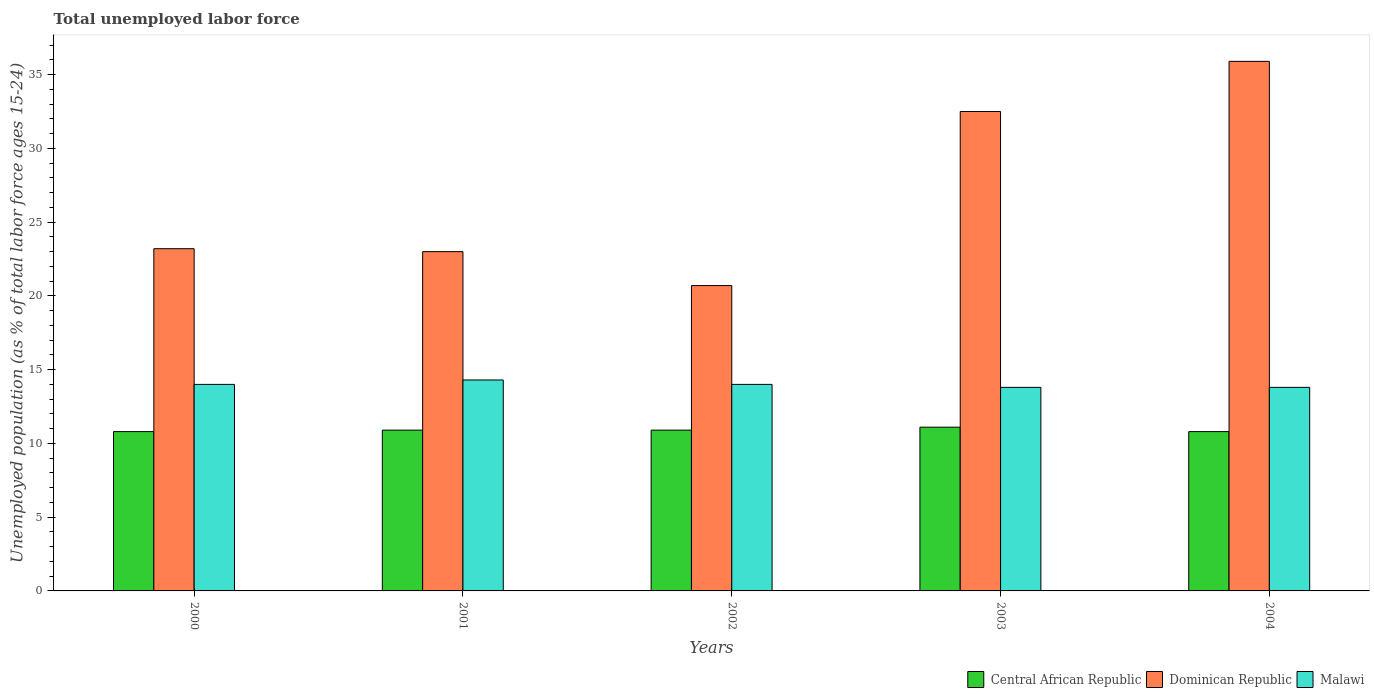
| Years | Central African Republic | Dominican Republic | Malawi |
 | --- | --- | --- | --- |
 | 2000 | 10.8 | 23.2 | 14 |
 | 2001 | 10.9 | 23 | 14.3 |
 | 2002 | 10.9 | 20.7 | 14 |
 | 2003 | 11.1 | 32.5 | 13.8 |
 | 2004 | 10.8 | 35.9 | 13.8 |